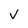
Character: v